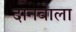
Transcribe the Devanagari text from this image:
दानवाला